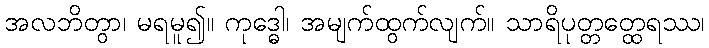
အလဘိတွာ၊ မရမူ၍။ ကုဒ္ဓေါ၊ အမျက်ထွက်လျက်။ သာရိပုတ္တတ္ထေရဿ၊